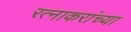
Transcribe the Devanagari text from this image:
रत्नाकरांच्या